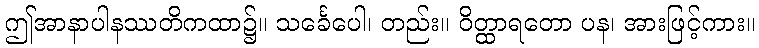
ဤအာနာပါနဿတိကထာ၌။ သင်္ခေပေါ၊ တည်း။ ဝိတ္ထာရတော ပန၊ အားဖြင့်ကား။